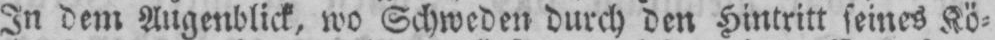
In dem Augenblick, wo Schweden durch den Hintritt seines Kö⸗